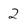
Character: 2